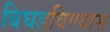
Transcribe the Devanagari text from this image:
बिघडविण्यास